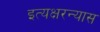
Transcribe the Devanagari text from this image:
इत्यक्षरन्यास